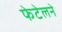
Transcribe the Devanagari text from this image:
फेटेलने